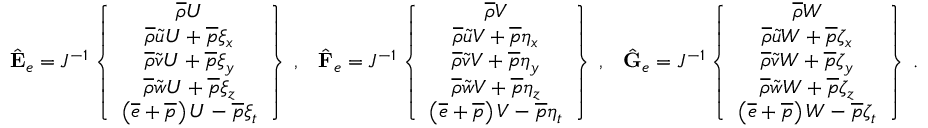
\begin{array} { r l r } { \hat { \mathbf { E } } _ { e } = J ^ { - 1 } \left\{ \begin{array} { c } { \overline { { \rho } } U } \\ { \overline { { \rho } } \tilde { u } U + \overline { { p } } \xi _ { x } } \\ { \overline { { \rho } } \tilde { v } U + \overline { { p } } \xi _ { y } } \\ { \overline { { \rho } } \tilde { w } U + \overline { { p } } \xi _ { z } } \\ { \left( \overline { { e } } + \overline { { p } } \right) U - \overline { { p } } \xi _ { t } } \end{array} \right\} \, \mathrm { , } } & { \hat { \mathbf { F } } _ { e } = J ^ { - 1 } \left\{ \begin{array} { c } { \overline { { \rho } } V } \\ { \overline { { \rho } } \tilde { u } V + \overline { { p } } \eta _ { x } } \\ { \overline { { \rho } } \tilde { v } V + \overline { { p } } \eta _ { y } } \\ { \overline { { \rho } } \tilde { w } V + \overline { { p } } \eta _ { z } } \\ { \left( \overline { { e } } + \overline { { p } } \right) V - \overline { { p } } \eta _ { t } } \end{array} \right\} \, \mathrm { , } } & { \hat { \mathbf { G } } _ { e } = J ^ { - 1 } \left\{ \begin{array} { c } { \overline { { \rho } } W } \\ { \overline { { \rho } } \tilde { u } W + \overline { { p } } \zeta _ { x } } \\ { \overline { { \rho } } \tilde { v } W + \overline { { p } } \zeta _ { y } } \\ { \overline { { \rho } } \tilde { w } W + \overline { { p } } \zeta _ { z } } \\ { \left( \overline { { e } } + \overline { { p } } \right) W - \overline { { p } } \zeta _ { t } } \end{array} \right\} \, \mathrm { . } } \end{array}